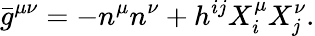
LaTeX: {}\bar{g}^{\mu\nu}=-n^{\mu}n^{\nu}+h^{ij}X_{i}^{\mu}X_{j}^{\nu}.